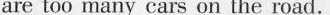
are too many cars on the road.